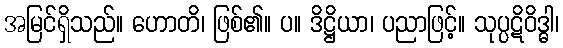
အမြင်ရှိသည်။ ဟောတိ၊ ဖြစ်၏။ ပ။ ဒိဋ္ဌိယာ၊ ပညာဖြင့်။ သုပ္ပဋိဝိဒ္ဓါ၊